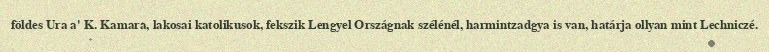
földes Ura a' K. Kamara, lakosai katolikusok, fekszik Lengyel Országnak szélénél, harmintzadgya is van, határja ollyan mint Lechniczé.